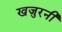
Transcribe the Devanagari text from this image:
खजुरनी